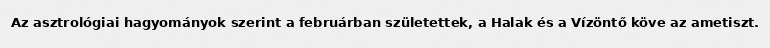
Az asztrológiai hagyományok szerint a februárban születettek, a Halak és a Vízöntő köve az ametiszt.